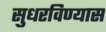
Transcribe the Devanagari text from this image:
सुधरविण्यास